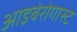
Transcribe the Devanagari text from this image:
आइबेरोगास्ट